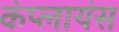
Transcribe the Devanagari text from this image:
कंप्लायंस